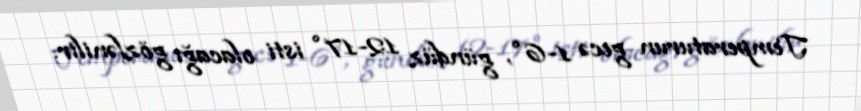
Temperaturun gecə 1-6°, gündüz 12-17° isti olacağı gözlənilir.